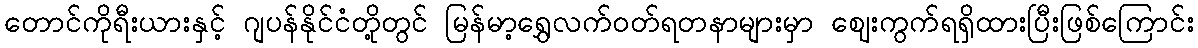
တောင်ကိုရီးယားနှင့် ဂျပန်နိုင်ငံတို့တွင် မြန်မာ့ရွှေလက်ဝတ်ရတနာများမှာ ဈေးကွက်ရရှိထားပြီးဖြစ်ကြောင်း